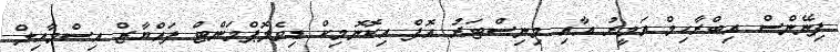
ފިނޭންސް އިބްރާހިމް އަމީރު އާއި މިނިސްޓަރު އޮފް އިކޮނޮމިކް ޑިވެލޮޕްމަންޓް ފައްޔާޒް އިސްމާއިލް